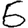
Digit: 6